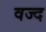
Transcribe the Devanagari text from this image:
वज्द